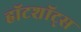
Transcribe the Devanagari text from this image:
हॉटशॉट्स